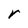
Character: r